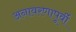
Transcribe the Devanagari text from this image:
अनावरणापूर्वी